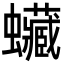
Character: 𧕨